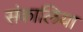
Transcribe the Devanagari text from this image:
संकालिया